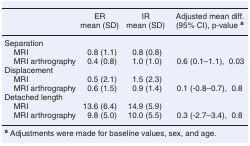
<table><thead><tr><td></td><td><b>ER mean (SD)</b></td><td><b>IR mean (SD)</b></td><td><b>Adjusted mean diff. (95% CI), p-value <sup>a</sup></b></td></tr></thead><tbody><tr><td>Separation</td><td></td><td></td><td></td></tr><tr><td> MRI</td><td>0.8 (1.1)</td><td>0.8 (0.8)</td><td></td></tr><tr><td> MRI arthrography</td><td>0.4 (0.8)</td><td>1.0 (1.0)</td><td>0.6 (0.1–1.1), 0.03</td></tr><tr><td>Displacement</td><td></td><td></td><td></td></tr><tr><td> MRI</td><td>0.5 (2.1)</td><td>1.5 (2.3)</td><td></td></tr><tr><td> MRI arthrography</td><td>0.6 (1.5)</td><td>0.9 (1.4)</td><td>0.1 (-0.8–0.7), 0.8</td></tr><tr><td>Detached length</td><td></td><td></td><td></td></tr><tr><td> MRI</td><td>13.6 (6.4)</td><td>14.9 (5.9)</td><td></td></tr><tr><td> MRI arthrography</td><td>9.8 (5.0)</td><td>10.0 (5.5)</td><td>0.3 (-2.7–3.4), 0.8</td></tr></tbody></table>